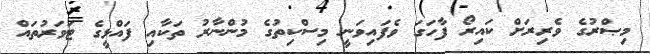
މިޞްރުގެ ވެރިރަށް ކައިރޯ ފާހަގަ ވެފައިވަނީ މިސްކިތުގެ މުންނާރު ތަކާއި ފައްޅީގެ ޓަވަރުތައް